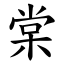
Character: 棠